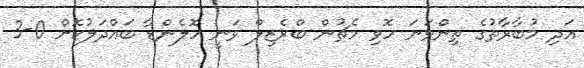
އަދި މުބާރާތުގެ ތިންވަނަ ހޮވި މެޗުން ބްރެޒިލް ވަނީ ހޮލެންޑާ ބައްދަލުކޮށް 0-3